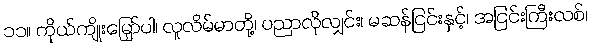
၁၁။ ကိုယ်ကျိုးမြှော်ပါ၊ လူလိမ်မာတို့၊ ပညာလိုလျှင်း၊ မဆန်ငြင်းနှင့်၊ အငြင်းကြီးလစ်၊